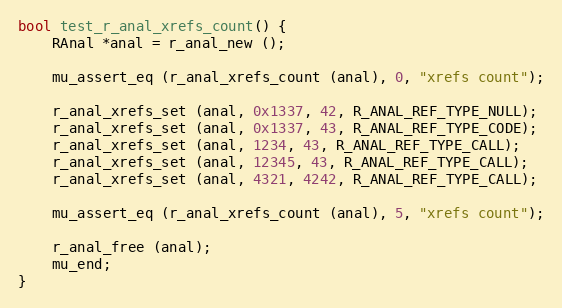
Language: C
bool test_r_anal_xrefs_count() {
	RAnal *anal = r_anal_new ();

	mu_assert_eq (r_anal_xrefs_count (anal), 0, "xrefs count");

	r_anal_xrefs_set (anal, 0x1337, 42, R_ANAL_REF_TYPE_NULL);
	r_anal_xrefs_set (anal, 0x1337, 43, R_ANAL_REF_TYPE_CODE);
	r_anal_xrefs_set (anal, 1234, 43, R_ANAL_REF_TYPE_CALL);
	r_anal_xrefs_set (anal, 12345, 43, R_ANAL_REF_TYPE_CALL);
	r_anal_xrefs_set (anal, 4321, 4242, R_ANAL_REF_TYPE_CALL);

	mu_assert_eq (r_anal_xrefs_count (anal), 5, "xrefs count");

	r_anal_free (anal);
	mu_end;
}